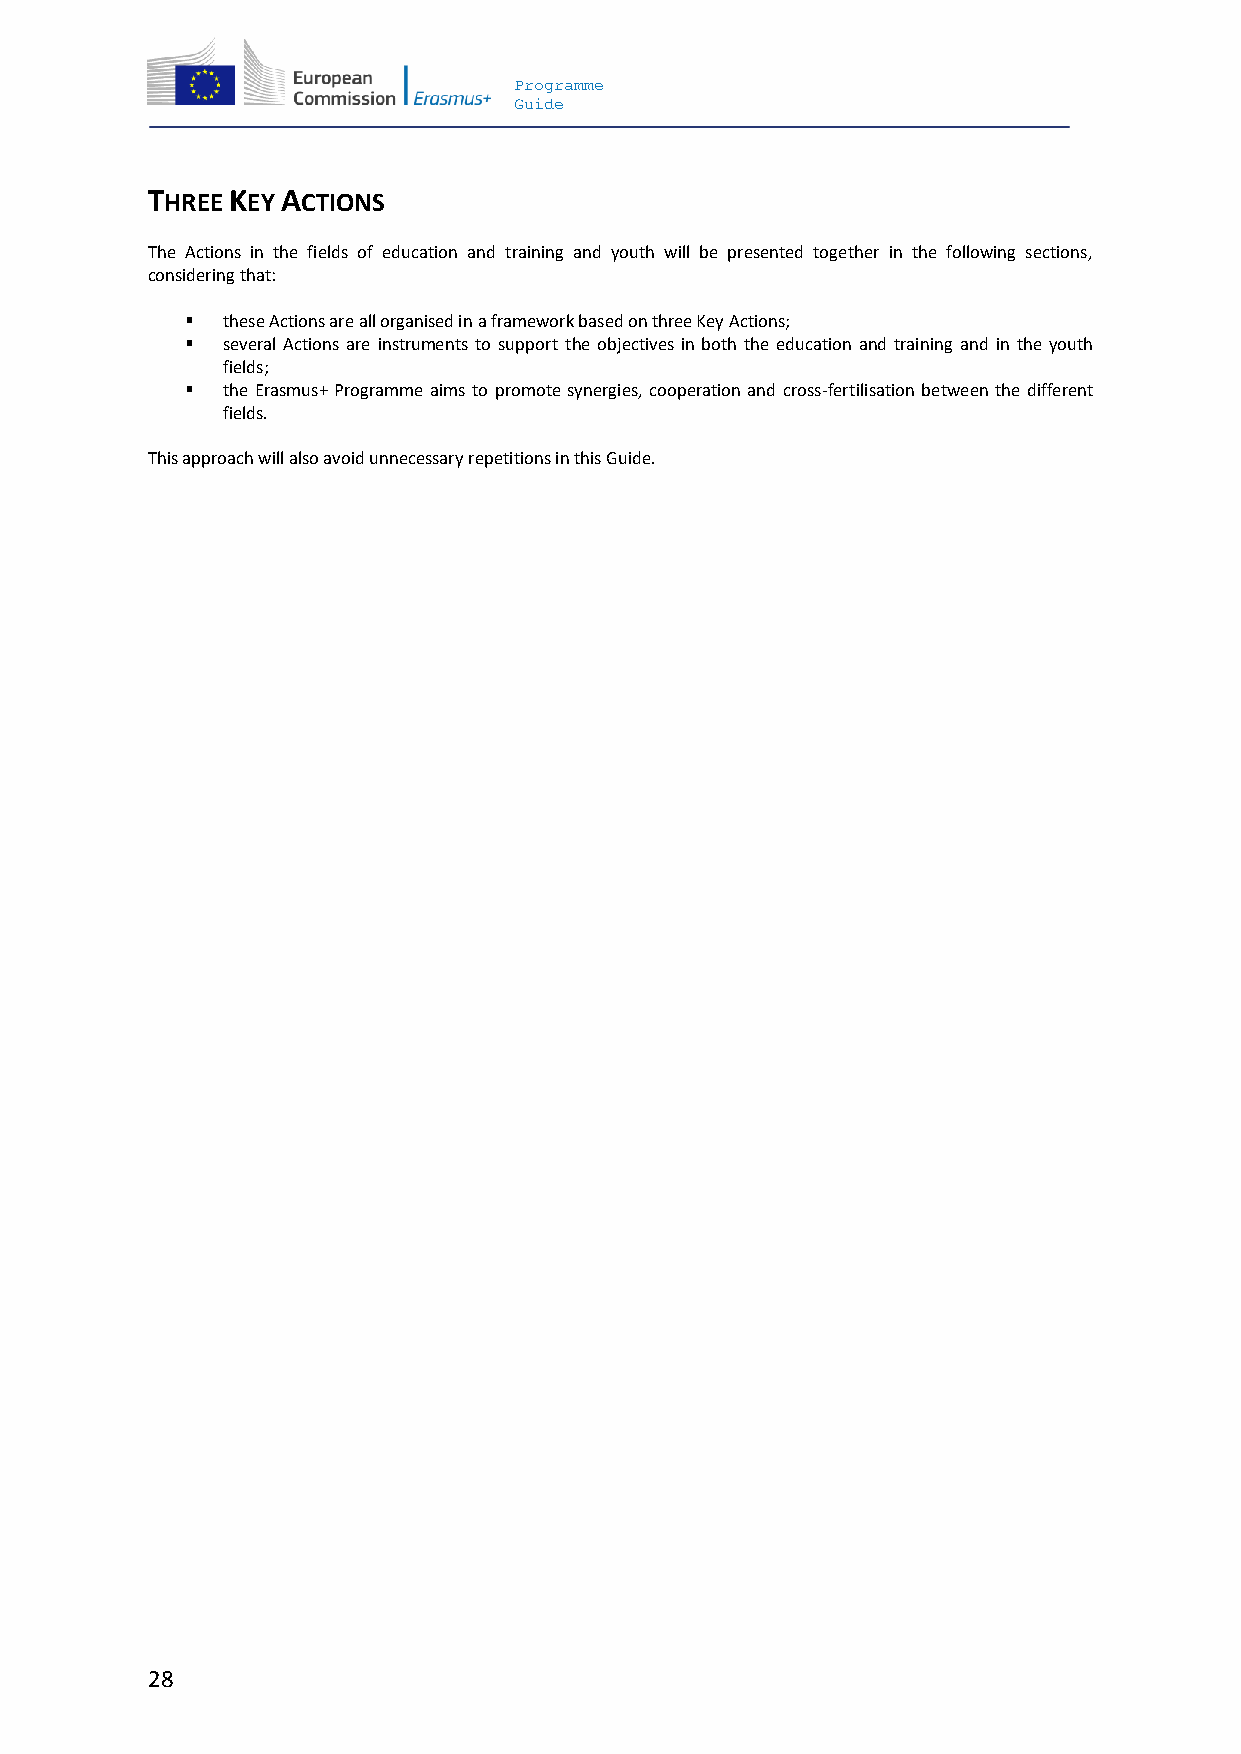
Programme
 Guide
 THREE KEY ACTIONS
 The Actions in the fields of education and training and youth will be presented together in the following sections,
 considering that:
   these Actions are all organised in a framework based on three Key Actions;
   several Actions are instruments to support the objectives in both the education and training and in the youth
 fields;
   the Erasmus+ Programme aims to promote synergies, cooperation and cross-fertilisation between the different
 fields.
 This approach will also avoid unnecessary repetitions in this Guide.
 28